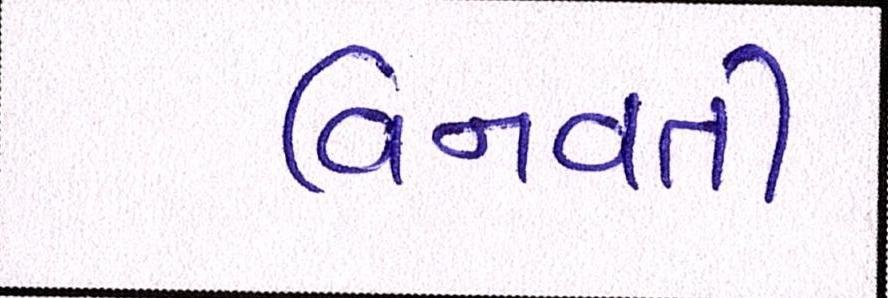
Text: વિનવતી